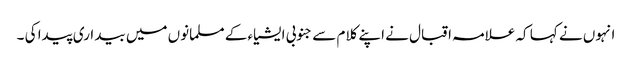
انہوں نے کہا کہ علامہ اقبال نے اپنے کلام سے جنوبی ایشیاء کے مسلمانوں میں بیداری پیدا کی ۔